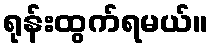
ရုန်းထွက်ရမယ်။